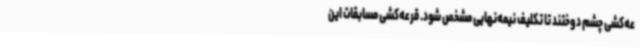
عه‌کشی چشم دوختند تا تکلیف نیمه‌نهایی مشخص شود. قرعه‌کشی مسابقات این